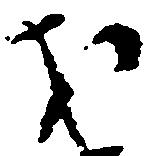
才